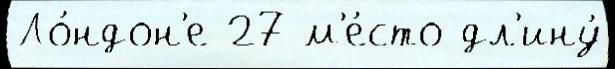
Ло́ндон'е 27 м'е́сто дл'ину́